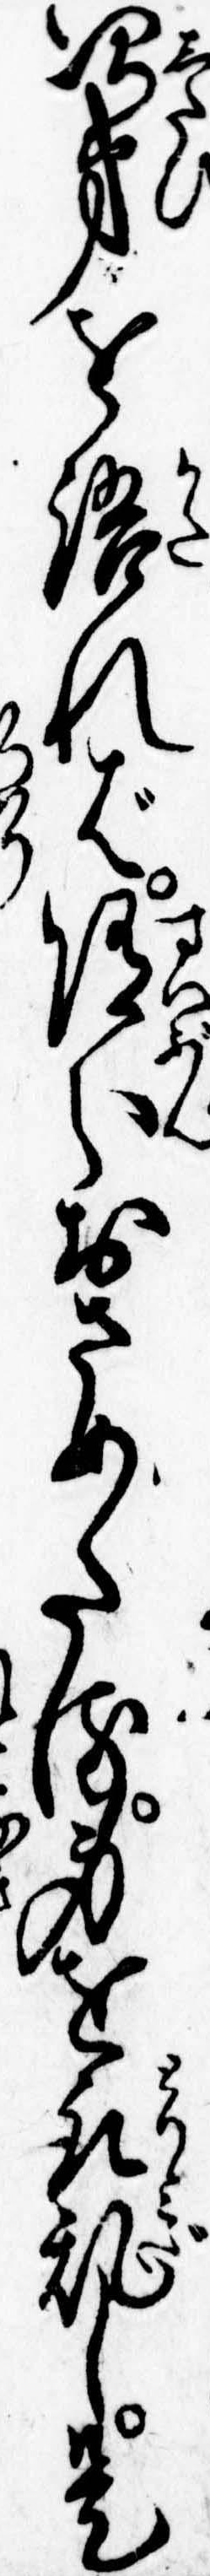
次第を語れば随分おさめたる身を取乱し是